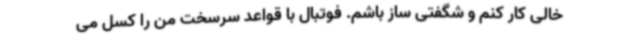
خالی کار کنم و شگفتی ساز باشم. فوتبال با قواعد سرسخت من را کسل می